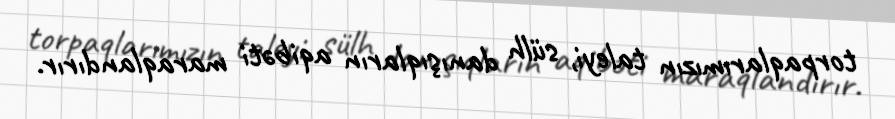
torpaqlarımızın taleyi, sülh danışıqların aqibəti maraqlandırır.